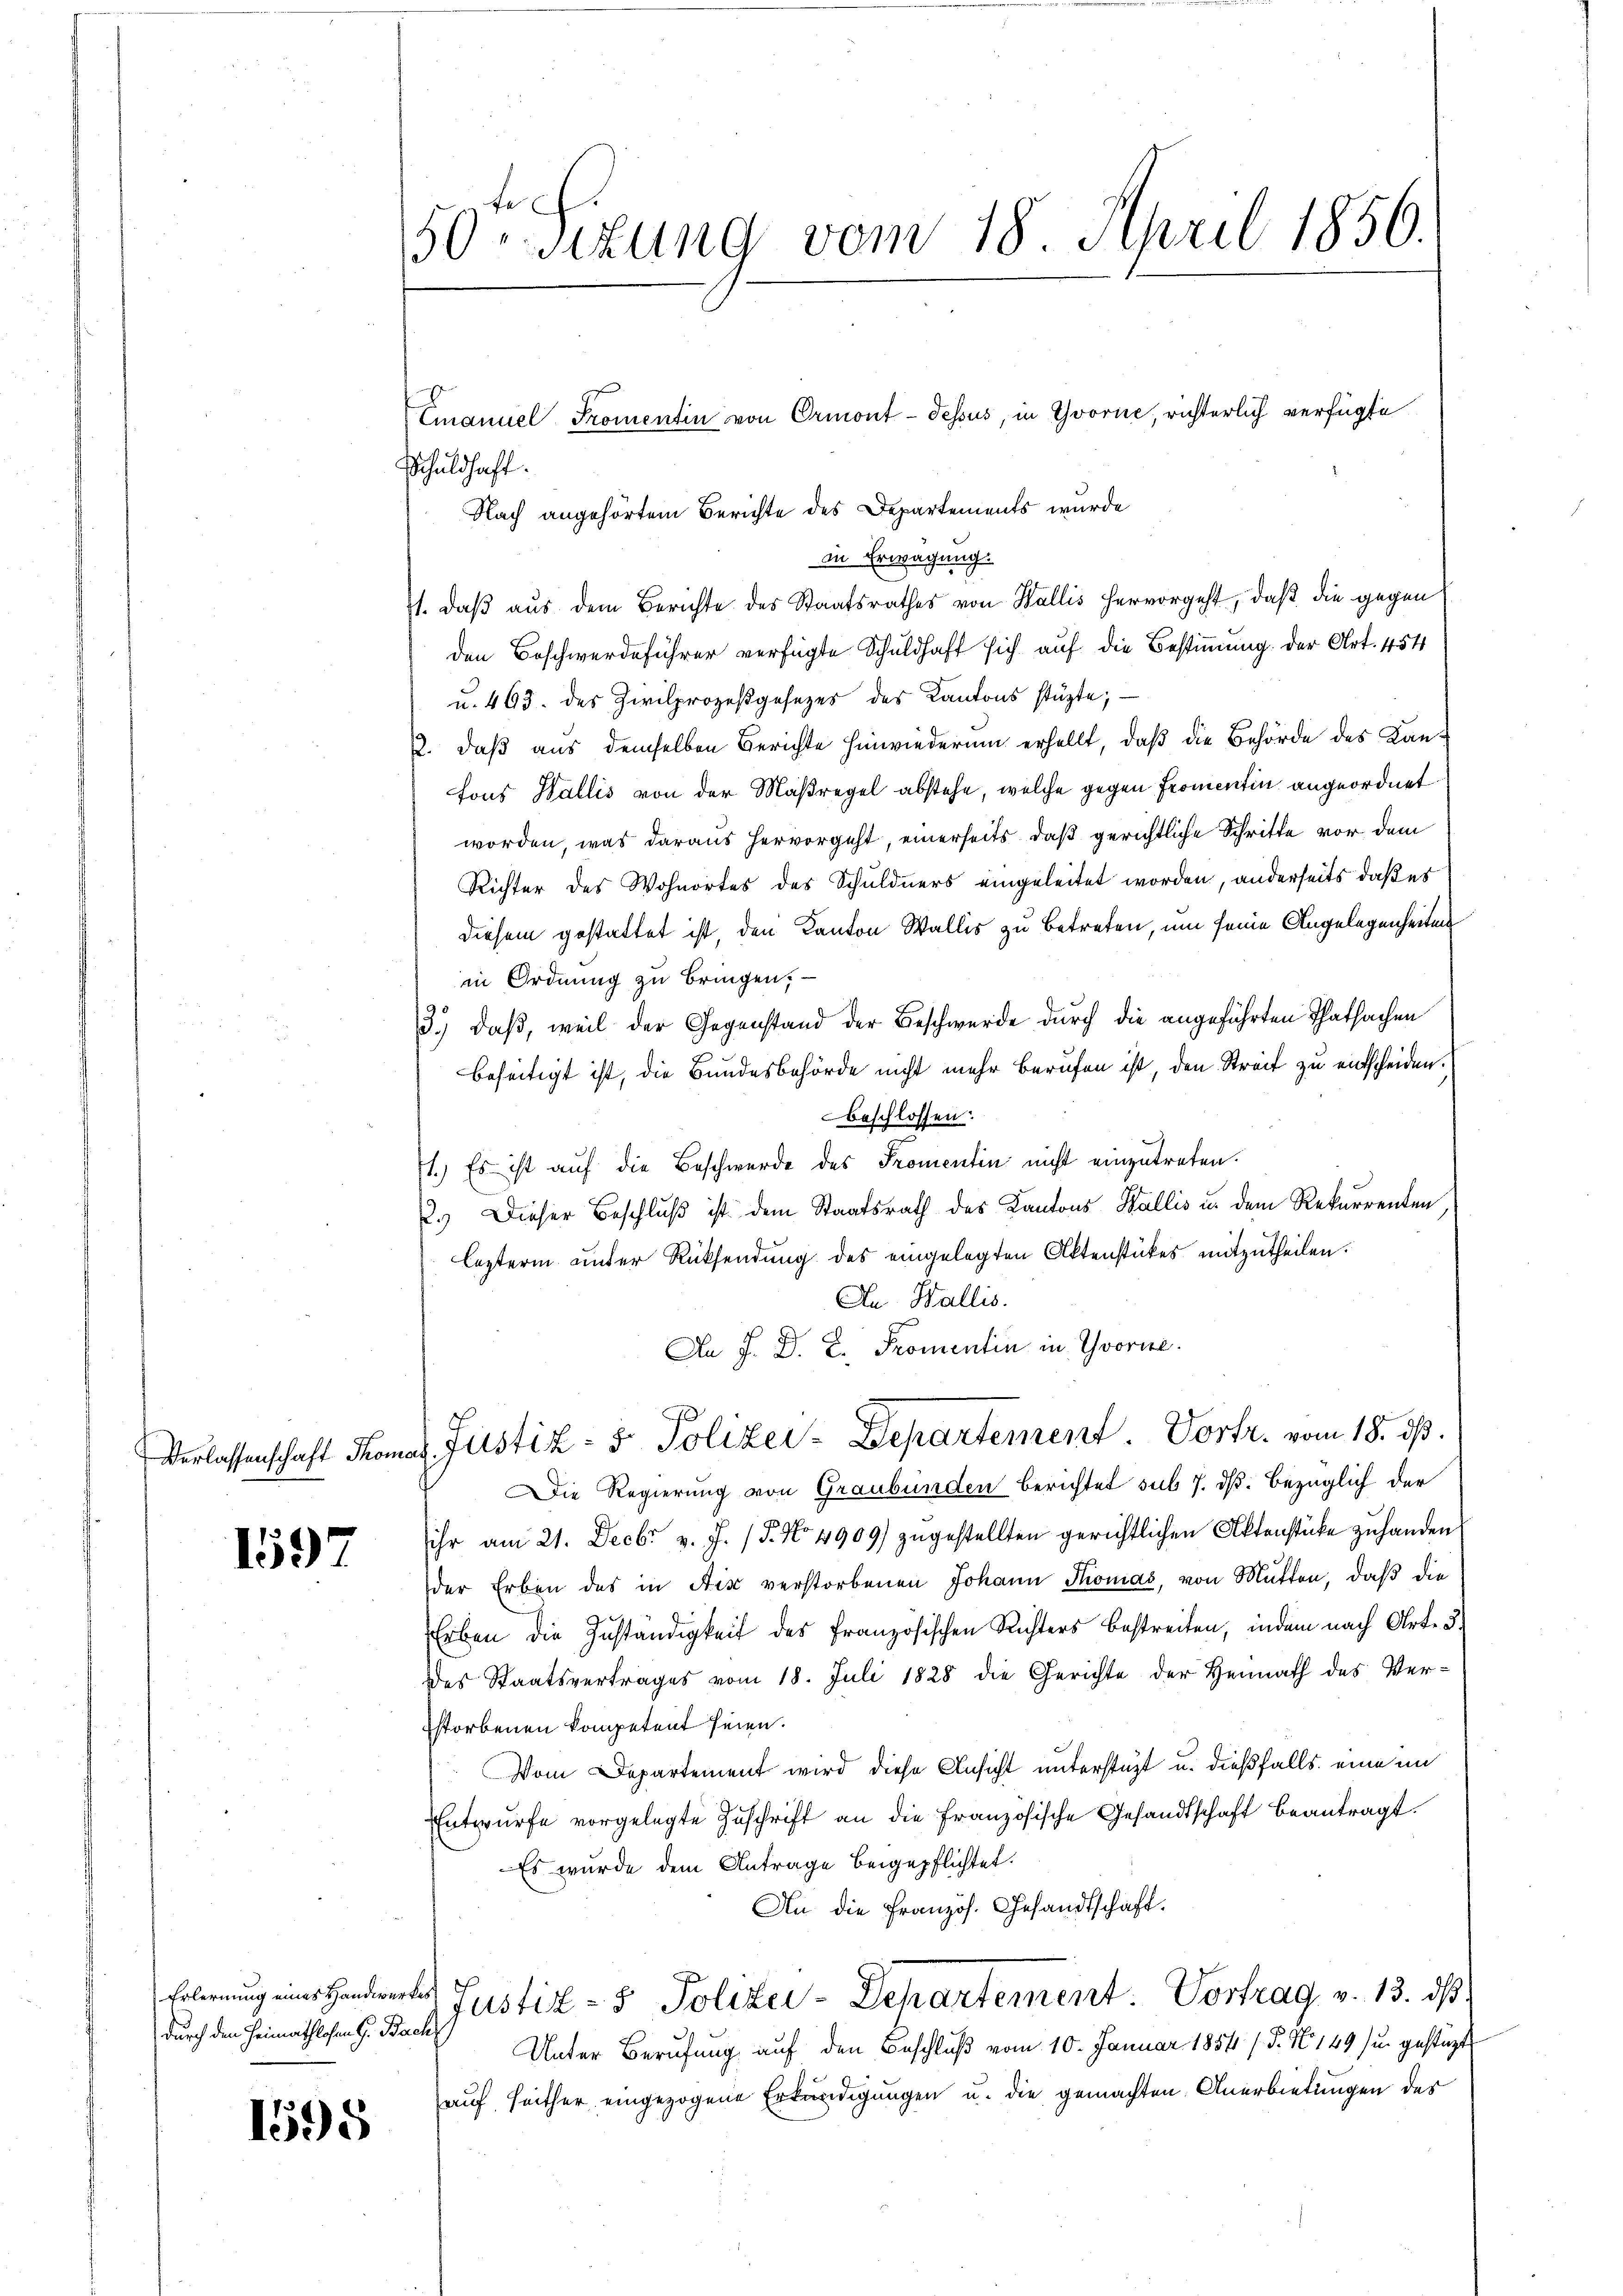
1597

1595

50. Sitzung vom 18. April 1856.

durch den Heimathlosen G. Bach

Schuldhaft.
Nach angehörtem Berichte des Departements wurde
in Erwägung.
1. daß aus dem Berichte des Staatsrathes von Wallis hervorgeht, daß die gegen
den Beschwerdeführer verfügte Schuldhaft sich auf die Bestimmung. Der Art. 454
u. 493. des Zivilprozeßgesezes des Kantons stüzte;
2. daß aus demselben Berichte hinwiederum erhellt, daß die Behörde des Kanfons Wallis von der Maßregel abstehe, welche gegen Fromentin angeordnet
worden, was daraus hervorgeht, einerseits, daß gerichtliche Schritte vor dem
Richter des Wohnortes des Schuldners eingeleitet worden, anderseits daß es
diesem gestattet ist, den Kanton Wallis zu betreten, um seine Angelegenheiten
in Ordnung zu bringen,
3.) daß, weil der Gegenstand der Beschwerde durch die angeführten Thatsachen
beseitigt ist, die Bundesbehörde nicht mehr berufen ist, den Streit zu entscheiden.
Beschlossen:
1.) Es ist auf die Beschwerde des Promentin nicht einzutreten.
2.) Dieser Beschluß ist dem Staatsrath des Kantons Wallis u. dem Rekurrenten
lezterm unter Rücksendung des eingelegten Aktenstückes mitzutheilen.
An Wallis.
An J. D. R. Promentin in Yvorire.
Verlassenschaft Thomas Justiz- & Polizei-Departement. Vortr. vom 18. ds.
Die Regierung von Graubünden berichtet sub 7. ds. bezüglich der
ihr am 21. Decbr v. J. / 5. No. 4909) zugestellten gerichtlichen Aktenstüke zu handen
der Erben des in Aix verstorbenen Johann Thomas, von Mütten, daβ die
Erben die Zuständigkeit des französischen Richters bestreiten, indem nach Art. 3
des Staatsvertrages vom 18. Juli 1828 die Gerichte der Heimath des Verstorbenen kompetent seien.
Vom Departement wird diese Ansicht unterstüzt u. dießfalls eine im
Entwürfe vorgelegte Zŭschrift an die französische Gesandtschaft beantragt.
Es wurde dem Antrage beigepflichtet.
An die Französ. Gesandtschaft.
Erlern Hander Justiz- & Polizei-Departement. Vortrag v. 13. ds.
Unter Berufung auf den Beschluß vom 10. Januar 1854 / 5. No. 149 (u. gestüzt
auf seither eingezogene Erkundigungen u. die gemachten Anerbietungen des

Emanuel Promentin von Ormont-dessus, in Yvorne, richterlich verfügte